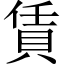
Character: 賃